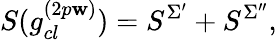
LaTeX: S(g_{cl}^{(2p\mathbf{w})})=S^{\Sigma^{\prime}}+S^{\Sigma^{\prime\prime}},